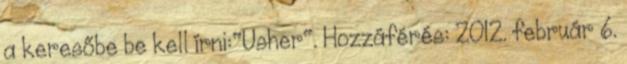
a keresőbe be kell írni:"Usher". Hozzáférés: 2012. február 6.